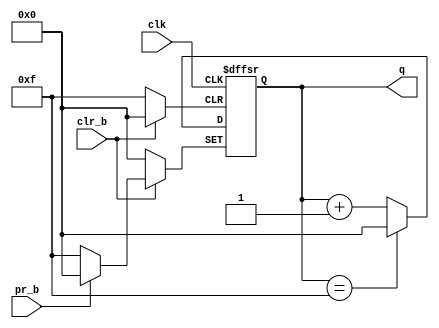
module cnt4(pr_b,clr_b,clk,q);
    input pr_b;
    input clr_b;
    input clk;
    output [3:0] q;
    reg [3:0] q;
    always @(posedge clk or negedge pr_b or negedge clr_b)
    begin
        if (pr_b == 0) q <= 4'b1111;
        else if (clr_b == 0) q <= 4'b0000;
        else
        begin
            if (q == 4'b1111) q <= 4'b0000;
            else q <= q + 1;
        end
    end
endmodule